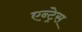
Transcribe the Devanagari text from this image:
एन्ट्रेस